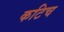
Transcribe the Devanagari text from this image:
कटिच